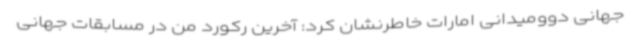
جهانی دوومیدانی امارات خاطرنشان کرد: آخرین رکورد من در مسابقات جهانی